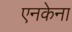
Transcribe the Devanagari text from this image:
एनकेना